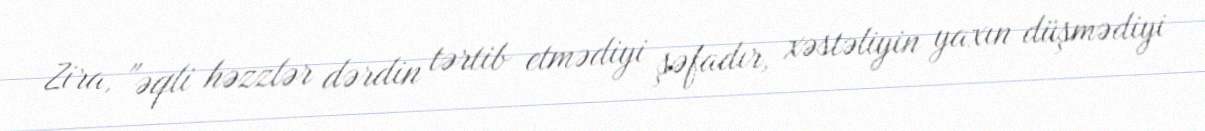
Zira, "əqli həzzlər dərdin tərtib etmədiyi şəfadır, xəstəliyin yaxın düşmədiyi